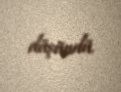
düşündü.